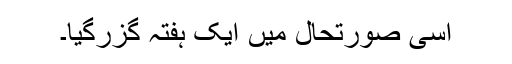
اسی صورتحال میں ایک ہفتہ گزرگیا۔